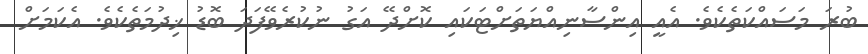
ބުރަ މަސައްކަތެކެވެ. އެއީ އިންސާނިއްޔަތަށްޓަކައި ކޮށްދޭ އަގު ނުކުރެވޭފަދަ ބޮޑު ޚިދުމަތެކެވެ. އެކަމަށް